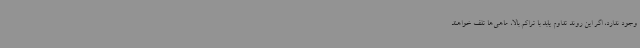
وجود ندارد، اگر این روند تداوم یابد با تراکم بالا، ماهی‌ها تلف خواهند